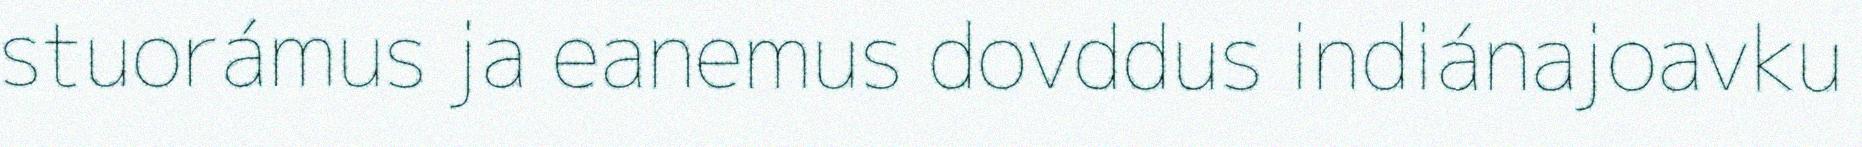
stuorámus ja eanemus dovddus indiánajoavku